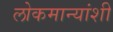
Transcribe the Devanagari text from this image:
लोकमान्यांशी